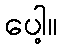
ပေါ့။